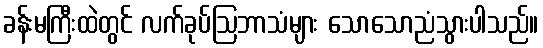
ခန်းမကြီးထဲတွင် လက်ခုပ်ဩဘာသံများ သောသောညံသွားပါသည်။